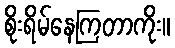
စိုးရိမ်နေကြတာကိုး။